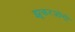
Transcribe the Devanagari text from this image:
झूकरजोगी